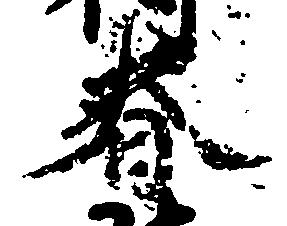
春